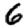
Digit: 6